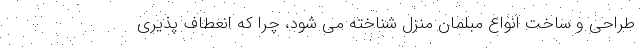
طراحی و ساخت انواع مبلمان منزل شناخته می شود، چرا که انعطاف پذیری